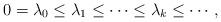
LaTeX: \begin{align*}0=\lambda_0\leq\lambda_1\leq\cdots\leq\lambda_k\leq\cdots\,,\end{align*}